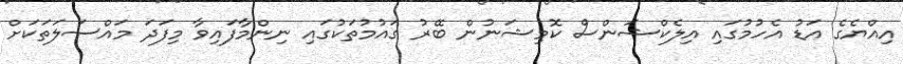
އިއްޔެގެ އަޑު އެހުމުގައި އިލެކްޝަންސް ކޮމިޝަނުން ބޭރު ގައުމުތަކުގައި ނިންމާފައިވާ މިފަދަ މައްސަލަތަކަށް